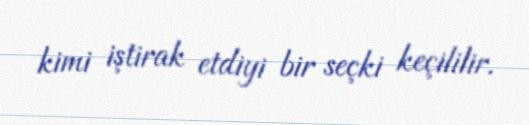
kimi iştirak etdiyi bir seçki keçililir.